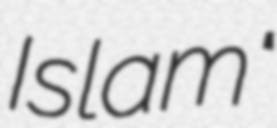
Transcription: Islam"